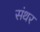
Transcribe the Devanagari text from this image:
संथर